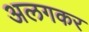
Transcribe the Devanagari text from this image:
अलगकर